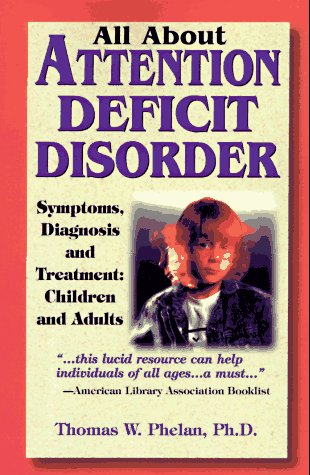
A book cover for All About Attention Deficit Disorder; Thomas W. Phelan; Parenting & Relationships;